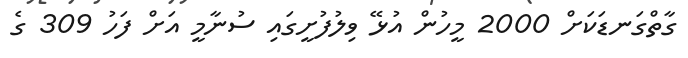
ގާތްގަނޑަކަށް 2000 މީހުން އުޅޭ ވިލުފުށީގައި ސުނާމީ އަށް ފަހު 309 ގެ